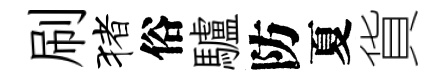
刷猪俗驢防夏貨